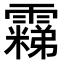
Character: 𬰐